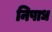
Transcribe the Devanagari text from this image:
निषाध